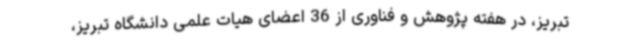
تبریز، در هفته پژوهش و فناوری از 36 اعضای هیات علمی دانشگاه تبریز،